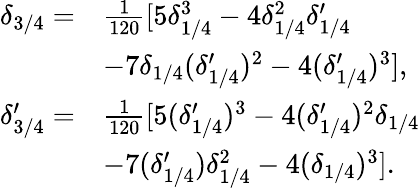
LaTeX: \begin{array}{rl}{\delta_{3/4}=}&{\frac{1}{120}[5\delta_{1/4}^{3}-4\delta_{1/4}^{2}\delta_{1/4}^{\prime}}\\ &{-7\delta_{1/4}(\delta_{1/4}^{\prime})^{2}-4(\delta_{1/4}^{\prime})^{3}],}\\ {\delta_{3/4}^{\prime}=}&{\frac{1}{120}[5(\delta_{1/4}^{\prime})^{3}-4(\delta_{1/4}^{\prime})^{2}\delta_{1/4}}\\ &{-7(\delta_{1/4}^{\prime})\delta_{1/4}^{2}-4(\delta_{1/4})^{3}].}\end{array}